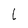
Character: L